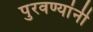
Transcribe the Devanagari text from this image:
पुरवण्यांनी